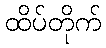
ထိပ်တိုက်